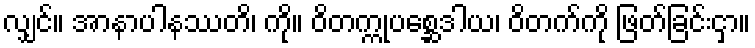
လျှင်။ အာနာပါနဿတိ၊ ကို။ ဝိတက္ကုပစ္ဆေဒါယ၊ ဝိတက်ကို ဖြတ်ခြင်းငှာ။